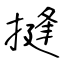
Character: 摓